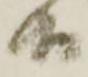
而